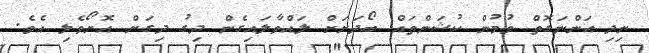
ނިދި އަންނަގޮތް ވުމުން ކުޝަންތައް ބޯދަށަށް ލައްވާލައިގެން ދިގު ދިގަށް އޮށޯވެލި އެވެ.